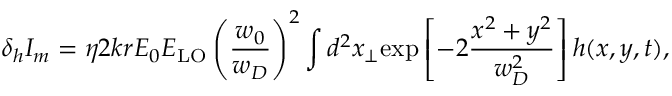
\delta _ { h } I _ { m } = \eta 2 k r E _ { 0 } E _ { \mathrm { L O } } \left( \frac { w _ { 0 } } { w _ { D } } \right) ^ { 2 } \int d ^ { 2 } x _ { \perp } \mathrm { e x p } \left[ - 2 \frac { x ^ { 2 } + y ^ { 2 } } { w _ { D } ^ { 2 } } \right] h ( x , y , t ) ,